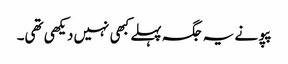
پپو نے یہ جگہ پہلے کبھی نہیں دیکھی تھی۔